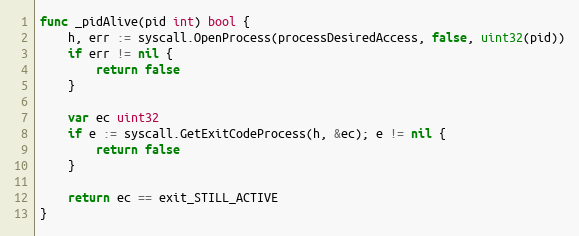
Language: Go
func _pidAlive(pid int) bool {
	h, err := syscall.OpenProcess(processDesiredAccess, false, uint32(pid))
	if err != nil {
		return false
	}

	var ec uint32
	if e := syscall.GetExitCodeProcess(h, &ec); e != nil {
		return false
	}

	return ec == exit_STILL_ACTIVE
}